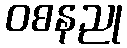
ဝစနညု